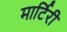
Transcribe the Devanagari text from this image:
मार्टिरी